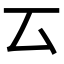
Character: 𠫔